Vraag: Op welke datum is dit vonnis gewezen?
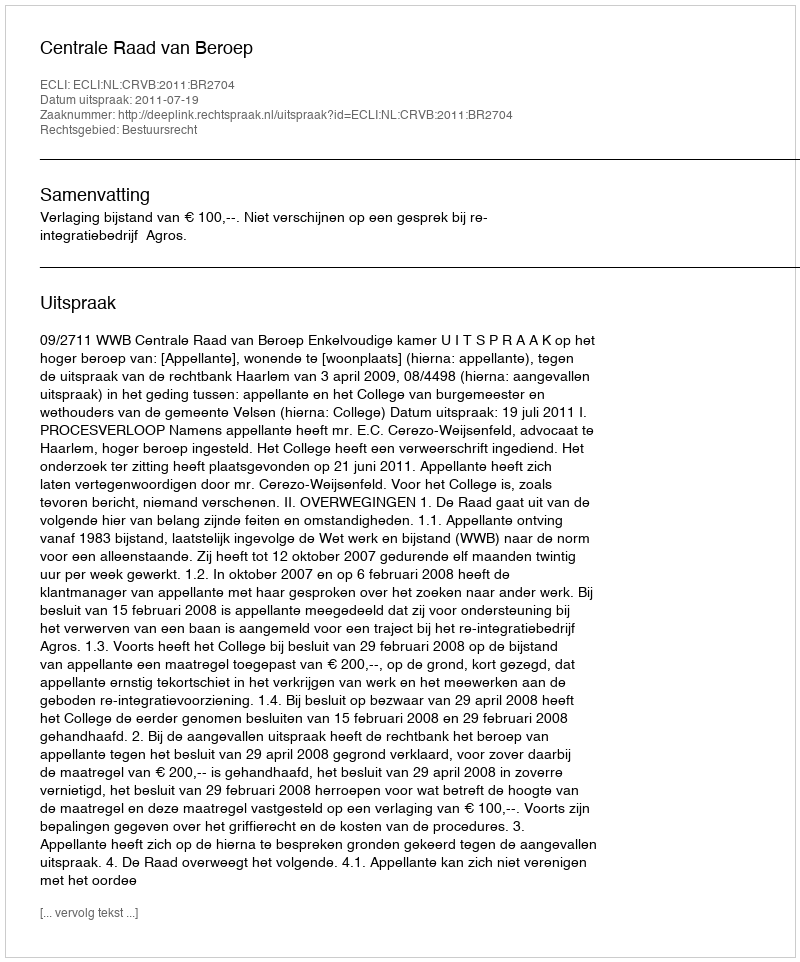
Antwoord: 2011-07-19